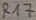
Text: R17